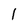
Character: l